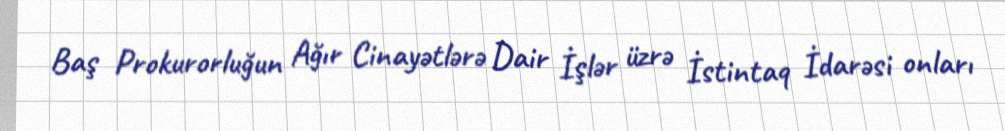
Baş Prokurorluğun Ağır Cinayətlərə Dair İşlər üzrə İstintaq İdarəsi onları